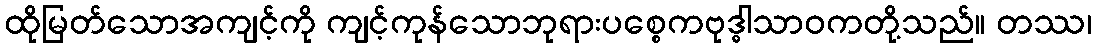
ထိုမြတ်သောအကျင့်ကို ကျင့်ကုန်သောဘုရားပစ္စေကဗုဒ္ဓါသာဝကတို့သည်။ တဿ၊